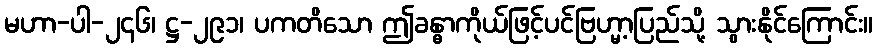
မဟာ-ပါ-၂၄၆၊ ဋ္ဌ-၂၉၁၊ ပကတိသော ဤခန္ဓာကိုယ်ဖြင့်ပင်ဗြဟ္မာ့ပြည်သို့ သွားနိုင်ကြောင်း။